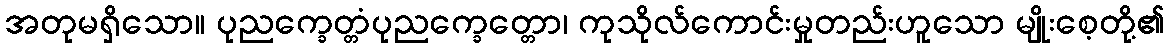
အတုမရှိသော။ ပုညက္ခေတ္တံပုညက္ခေတ္တော၊ ကုသိုလ်ကောင်းမှုတည်းဟူသော မျိုးစေ့တို့၏